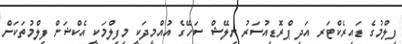
ފިލްމުގެ ޑައިރެކްޓަރ އަދި ޕްރޮޑިއުސަރު ނިލޭޝް ސަހޭގެ އުއްމީދަކީ މިފިލްމަކީ އެކްޝަން ފިލްމުތަކަށް